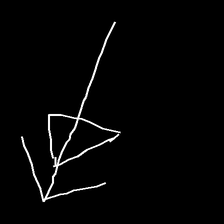
Glyph: pull